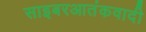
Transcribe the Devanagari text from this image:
साइबरआतंकवादी